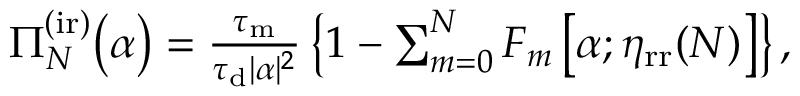
\begin{array} { r } { \Pi _ { N } ^ { \mathrm { ( i r ) } } \big ( \alpha \big ) = \frac { \tau _ { \mathrm { m } } } { \tau _ { \mathrm { d } } | \alpha | ^ { 2 } } \left\{ 1 - \sum _ { m = 0 } ^ { N } F _ { m } \left[ \alpha ; \eta _ { \mathrm { r r } } ( N ) \right] \right\} , } \end{array}